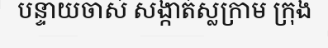
បន្ទាយចាស់ សង្កាត់ស្លក្រាម ក្រុង